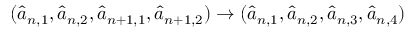
( \hat { a } _ { n , 1 } , \hat { a } _ { n , 2 } , \hat { a } _ { n + 1 , 1 } , \hat { a } _ { n + 1 , 2 } ) \rightarrow ( \hat { a } _ { n , 1 } , \hat { a } _ { n , 2 } , \hat { a } _ { n , 3 } , \hat { a } _ { n , 4 } )